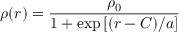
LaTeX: \rho ( r ) = \frac { \rho _ { 0 } } { 1 + \exp { [ ( r - C ) / a ] } }